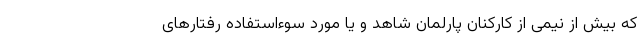
که بیش از نیمی از کارکنان پارلمان شاهد و یا مورد سوءاستفاده رفتارهای